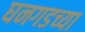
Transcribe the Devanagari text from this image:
घनगडच्या